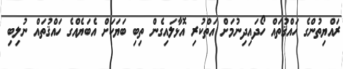
ރައްޔިތުންގެ ހައްޤުތައް ހޯދައިދިނުމަށް އަތްކުރި އޮޅާލައިގެން ތިބި ބަޔަކަށް އެބަޔެއްގެ ހައްޤުތައް ނުލިބި